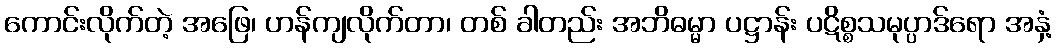
ကောင်းလိုက်တဲ့ အဖြေ၊ ဟန်ကျလိုက်တာ၊ တစ် ခါတည်း အဘိဓမ္မာ ပဋ္ဌာန်း ပဋိစ္စသမုပ္ပာဒ်ရော အနှံ့